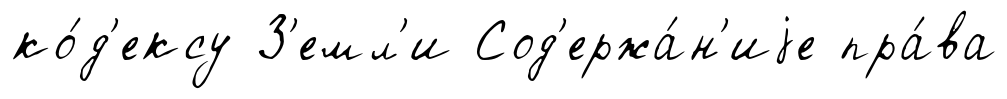
ко́д'ексу З'емл'и Сод'ержа́н'иjе пра́ва